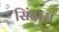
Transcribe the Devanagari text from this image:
सिंदारा